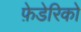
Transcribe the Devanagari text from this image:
फ़ेडेरिको